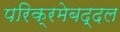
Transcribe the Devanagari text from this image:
परिक्रमेबद्दल